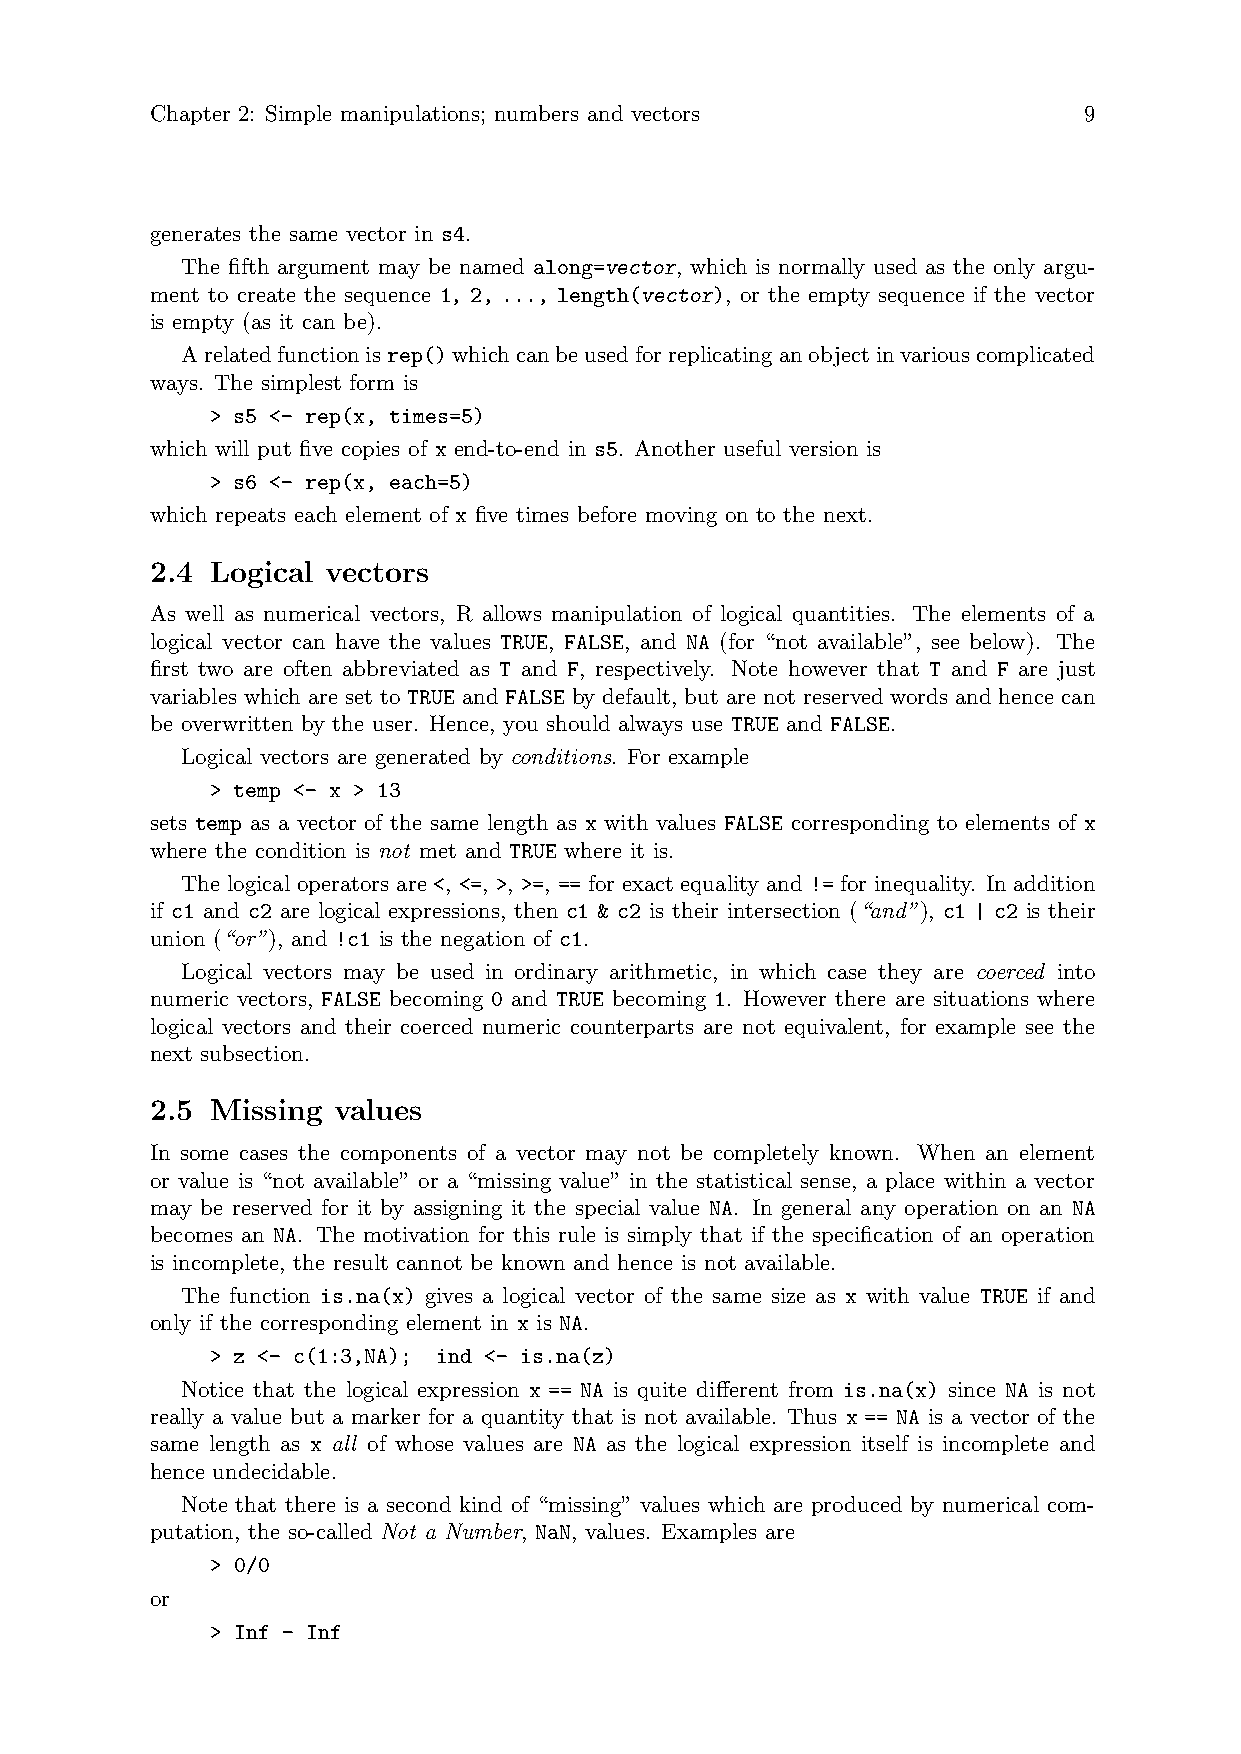
Chapter 2: Simple manipulations; numbers and vectors          9
 generates the same vector in s4.
 The fifth argument may be named along=vector, which is normally used as the only argu-
 ment to create the sequence 1, 2, ..., length(vector), or the empty sequence if the vector
 is empty (as it can be).
 Arelatedfunctionisrep()whichcanbeusedforreplicatinganobjectinvariouscomplicated
 ways. The simplest form is
 > s5 <- rep(x, times=5)
 which will put five copies of x end-to-end in s5. Another useful version is
 > s6 <- rep(x, each=5)
 which repeats each element of x five times before moving on to the next.
 2.4 Logical vectors
 As well as numerical vectors, R allows manipulation of logical quantities. The elements of a
 logical vector can have the values TRUE, FALSE, and NA (for “not available”, see below). The
 first two are often abbreviated as T and F, respectively. Note however that T and F are just
 variables which are set to TRUE and FALSE by default, but are not reserved words and hence can
 be overwritten by the user. Hence, you should always use TRUE and FALSE.
 Logical vectors are generated by conditions. For example
 > temp <- x > 13
 sets temp as a vector of the same length as x with values FALSE corresponding to elements of x
 where the condition is not met and TRUE where it is.
 The logical operators are <, <=, >, >=, == for exact equality and != for inequality. In addition
 if c1 and c2 are logical expressions, then c1 & c2 is their intersection (“and”), c1 | c2 is their
 union (“or”), and !c1 is the negation of c1.
 Logical vectors may be used in ordinary arithmetic, in which case they are coerced into
 numeric vectors, FALSE becoming 0 and TRUE becoming 1. However there are situations where
 logical vectors and their coerced numeric counterparts are not equivalent, for example see the
 next subsection.
 2.5 Missing values
 In some cases the components of a vector may not be completely known. When an element
 or value is “not available” or a “missing value” in the statistical sense, a place within a vector
 may be reserved for it by assigning it the special value NA. In general any operation on an NA
 becomes an NA. The motivation for this rule is simply that if the specification of an operation
 is incomplete, the result cannot be known and hence is not available.
 The function is.na(x) gives a logical vector of the same size as x with value TRUE if and
 only if the corresponding element in x is NA.
 > z <- c(1:3,NA); ind <- is.na(z)
 Notice that the logical expression x == NA is quite different from is.na(x) since NA is not
 really a value but a marker for a quantity that is not available. Thus x == NA is a vector of the
 same length as x all of whose values are NA as the logical expression itself is incomplete and
 hence undecidable.
 Note that there is a second kind of “missing” values which are produced by numerical com-
 putation, the so-called Not a Number, NaN, values. Examples are
 > 0/0
 or
 > Inf - Inf